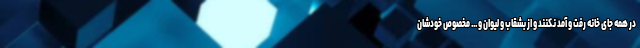
در همه جای خانه رفت و آمد نکنند و از بشقاب و لیوان و ... مخصوص خودشان